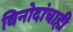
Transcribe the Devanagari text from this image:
विनोदांचाही